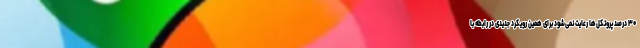
۳۰ درصد پروتکل‌ها رعایت نمی‌شود برای همین رویکرد جدیدی در رابطه با